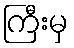
ကြီးမှ